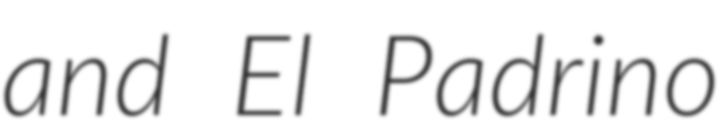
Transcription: and El Padrino